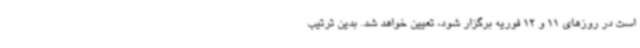
است در روزهای 11 و 12 فوریه برگزار شود، تعیین خواهد شد. بدین ترتیب